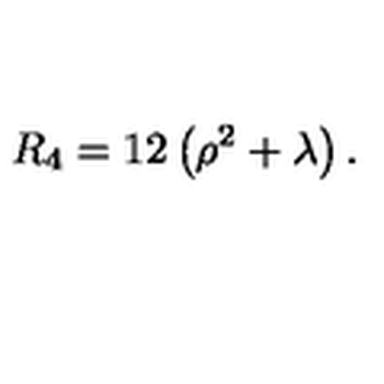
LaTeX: R _ { 4 } = 1 2 \left( \rho ^ { 2 } + \lambda \right) .